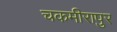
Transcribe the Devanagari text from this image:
चकमीरापुर